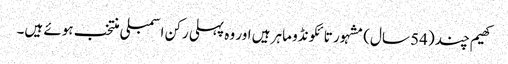
کھیم چند (54 سال) مشہور تائکونڈو ماہر ہیں اور وہ پہلی رکن اسمبلی منتخب ہوئے ہیں۔